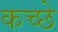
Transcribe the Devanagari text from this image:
कच्छे